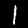
Label: 1